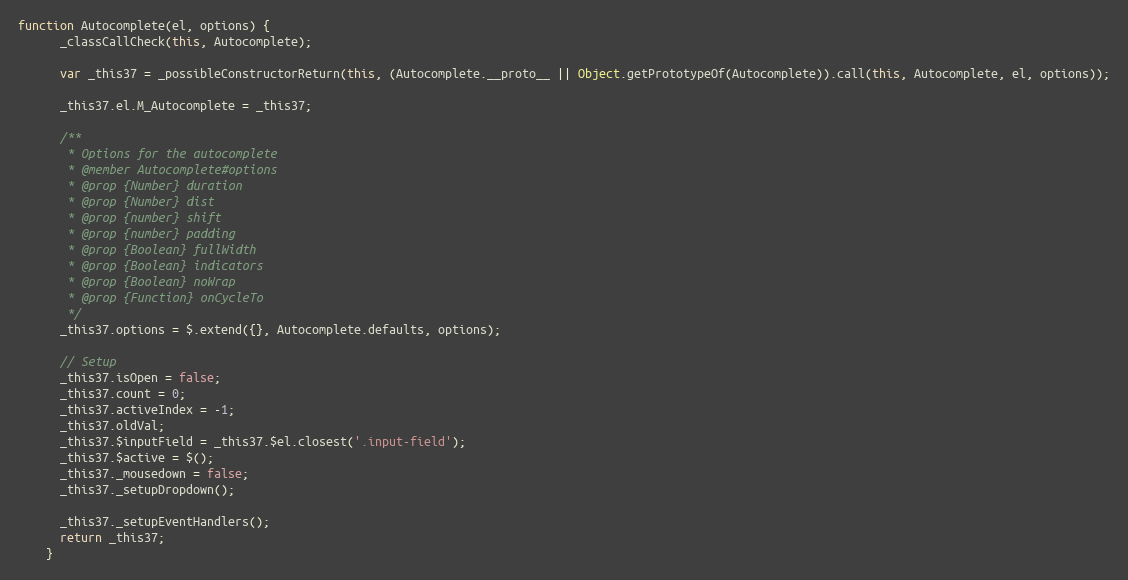
Language: JavaScript
function Autocomplete(el, options) {
      _classCallCheck(this, Autocomplete);

      var _this37 = _possibleConstructorReturn(this, (Autocomplete.__proto__ || Object.getPrototypeOf(Autocomplete)).call(this, Autocomplete, el, options));

      _this37.el.M_Autocomplete = _this37;

      /**
       * Options for the autocomplete
       * @member Autocomplete#options
       * @prop {Number} duration
       * @prop {Number} dist
       * @prop {number} shift
       * @prop {number} padding
       * @prop {Boolean} fullWidth
       * @prop {Boolean} indicators
       * @prop {Boolean} noWrap
       * @prop {Function} onCycleTo
       */
      _this37.options = $.extend({}, Autocomplete.defaults, options);

      // Setup
      _this37.isOpen = false;
      _this37.count = 0;
      _this37.activeIndex = -1;
      _this37.oldVal;
      _this37.$inputField = _this37.$el.closest('.input-field');
      _this37.$active = $();
      _this37._mousedown = false;
      _this37._setupDropdown();

      _this37._setupEventHandlers();
      return _this37;
    }